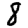
Digit: 8